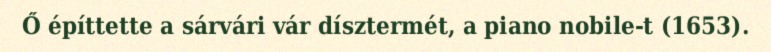
Ő építtette a sárvári vár dísztermét, a piano nobile-t (1653).